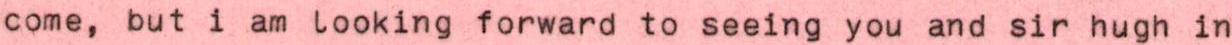
come, but i am looking forward to seeing you and sir hugh in